Scientific memoirs by medical officers of the Army of India - Part IV,
Year: 1889
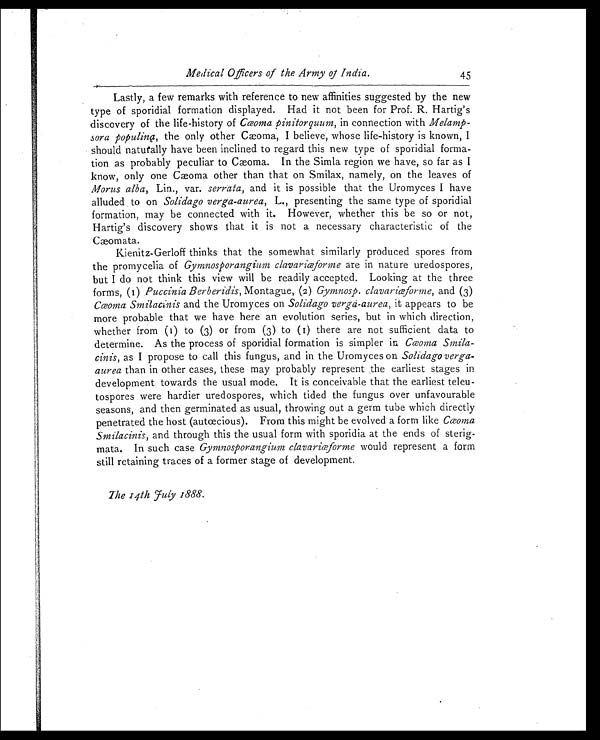
Medical Offcers of the Army of India.
45
Lastly, a few remarks with reference to new affinities suggested by the new
type of sporidial formation displayed. Had it not been for Prof. R. Hartig's
discovery of the life-history of C œ o m a P i n i t o r q u u m , i n c o n n e c t i o n w i t h
Melamp
- s o r a p o p u l i n a ,
t h e o n l y o t h e r C æ o m a , I b e l i e v e , w h o s e l i f e - h i s t o r y i s k n o w n , I
should naturally have been inclined to regard this new type of sporidial forma
- t i o n a s p r o b a b l y p e c u l i a r t o C æ o m a . I n t h e S i m l a r e g i o n w e h a v e , s o f a r a s I
know, only one Cæoma other than that on Smilax, namely, on the leaves of
Morus alba, Lin., var. serrata, and it is possible that the Uromyces I have
alluded to on Solidago verga-aurea, L., presenting the same type of sporidial
formation, may be connected with it. However, whether this be so or not,
Hartig's discovery shows that it is not a necessary characteristic of the
Cæomata.
Kienitz-Gerloff thinks that the somewhat similarly produced spores from
the promycelia of Gymnosporangium clavariœforme a r e i n n a t u r e u r e d o s p o r e s ,
but I do not think this view will be readily accepted. Looking at the three
forms, (1) Puccinia Berberidis, Montague, (2) Gymnosp. clavariœforme,a n d ( 3 )
Cœoma Smilacinis and the Uromyces on Solidago verga-aurea, it appears to be
more probable that we have here an evolution series, but in which direction,
whether from (1) to (3) or from (3) to (1) there are not sufficient data to
determine. As the process of sporidial formation is simpler in Cœoma Smila
-cinis, as I propose to call this fungus, and in the Uromyces on Solidago verga
-aurea than in other cases, these may probably represent the earliest stages in
development towards the usual mode. It is conceivable that the earliest teleu
-tospores were hardier uredospores, which tided the fungus over unfavourable
seasons, and then germinated as usual, throwing out a germ tube which directly
penetrated the host (autœcious). From this might be evolved a form like C œ o ma
Smilacinis, and through this the usual form with sporidia at the ends of sterig
-mata. In such case Gymnosporangium clavariœformew o u l d r e p r e s e n t a f o r m
still retaining traces of a former stage of development.
The 14th July 1888.